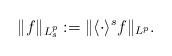
LaTeX: \begin{align*}\|f\|_{L^p_s}:=\|\langle\cdot\rangle^s f\|_{L^p}.\end{align*}